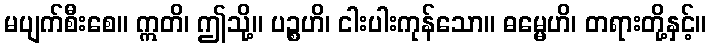
မပျက်စီးစေ။ ဣတိ၊ ဤသို့။ ပဉ္စဟိ၊ ငါးပါးကုန်သော။ ဓမ္မေဟိ၊ တရားတို့နှင့်။